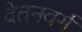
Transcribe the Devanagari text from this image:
वेतनवर्ग